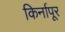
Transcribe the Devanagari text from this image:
किर्नापूर